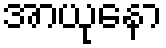
အာယုနော